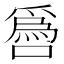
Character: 噕